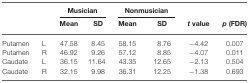
<table><thead><tr><td></td><td></td><td colspan="2"><b>Musician</b></td><td colspan="2"><b>Nonmusician</b></td></tr><tr><td></td><td></td><td><b>Mean</b></td><td><b>SD</b></td><td><b>Mean</b></td><td><b>SD</b></td><td><b><i>t</i> value</b></td><td><b><i>p</i> (FDR)</b></td></tr></thead><tbody><tr><td>Putamen</td><td>L</td><td>47.58</td><td>8.45</td><td>58.15</td><td>8.76</td><td>−4.42</td><td>0.007</td></tr><tr><td>Putamen</td><td>R</td><td>46.92</td><td>9.26</td><td>57.12</td><td>8.85</td><td>−4.07</td><td>0.011</td></tr><tr><td>Caudate</td><td>L</td><td>36.15</td><td>11.64</td><td>43.35</td><td>12.65</td><td>−2.13</td><td>0.504</td></tr><tr><td>Caudate</td><td>R</td><td>32.15</td><td>9.98</td><td>36.31</td><td>12.25</td><td>−1.38</td><td>0.693</td></tr></tbody></table>